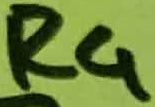
Text: R4